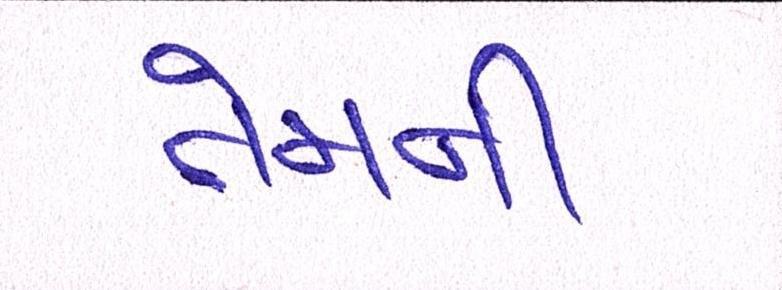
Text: તેમની